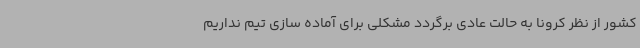
کشور از نظر کرونا به حالت عادی برگردد مشکلی برای آماده سازی تیم نداریم